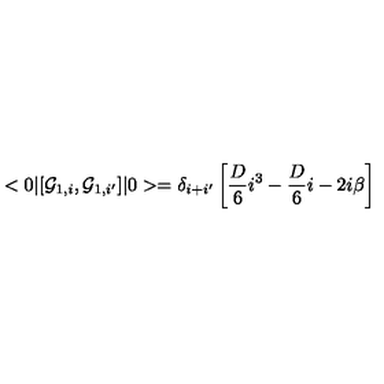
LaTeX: < 0 \vert [ { \cal G } _ { 1 , i } , { \cal G } _ { 1 , i ^ { \prime } } ] \vert 0 > = \delta _ { i + i ^ { \prime } } \left[ { \frac { D } { 6 } } i ^ { 3 } - { \frac { D } { 6 } } i - 2 i \beta \right]